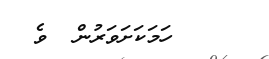
ހަމަކަށަވަރުން  ވެ